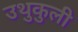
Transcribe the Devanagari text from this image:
उथुकुली